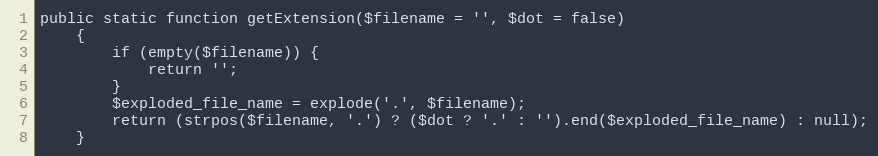
Language: PHP
public static function getExtension($filename = '', $dot = false)
    {
        if (empty($filename)) {
            return '';
        }
        $exploded_file_name = explode('.', $filename);
        return (strpos($filename, '.') ? ($dot ? '.' : '').end($exploded_file_name) : null);
    }